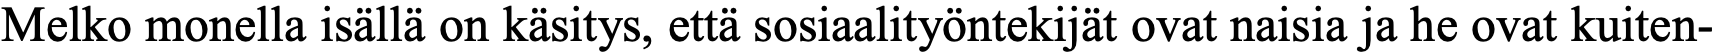
Melko monella isällä on käsitys, että sosiaalityöntekijät ovat naisia ja he ovat kuiten-